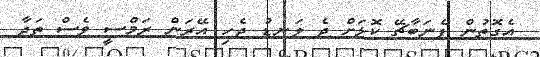
އެގޮތުން ފެނަބާޗޭ ކޮޅަށް ދެ ލަނޑު ޖެހި އޭރަން ރަމްސީ ވެސް ތަދާ